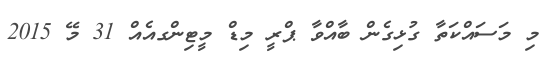
މި މަސައްކަތާ ގުޅިގެން ބާއްވާ ޕްރީ މިޑް މީޓިންގއެއް 31 މޭ 2015